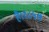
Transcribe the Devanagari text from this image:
है।१८५७